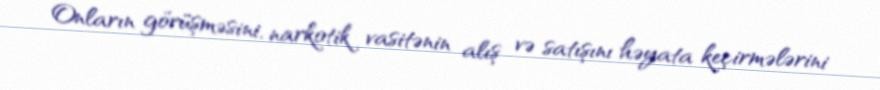
Onların görüşməsini, narkotik vasitənin alış və satışını həyata keçirmələrini